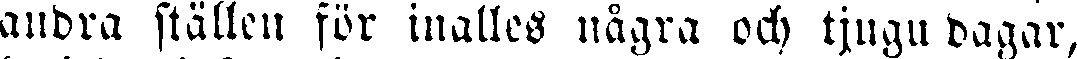
andra ställen för inalles några och tjugu dagar,